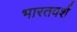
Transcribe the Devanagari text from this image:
भारतवर्श